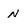
Character: N